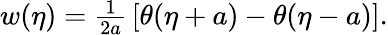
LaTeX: \begin{array}{r}{w(\eta)=\frac{1}{2a}\, \left[\theta(\eta+a)-\theta(\eta-a)\right].}\end{array}